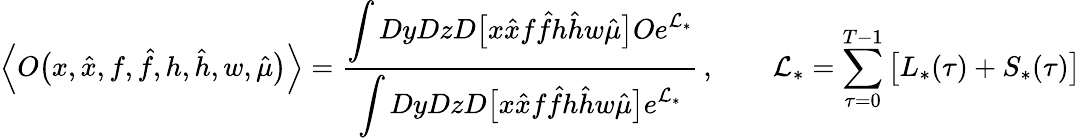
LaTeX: \Big\langle O\big(x,\hat{x},f,\hat{f},h,\hat{h},w,\hat{\mu}\big)\Big\rangle=\frac{\displaystyle\int DyDzD\big[x\hat{x}f\hat{f}h\hat{h}w\hat{\mu}\big]Oe^{\mathcal{L}_{*}}}{\displaystyle\int DyDzD\big[x\hat{x}f\hat{f}h\hat{h}w\hat{\mu}\big]e^{\mathcal{L}_{*}}}\, ,\qquad\mathcal{L}_{*}=\sum_{\tau=0}^{T-1}\big[L_{*}(\tau)+S_{*}(\tau)\big]